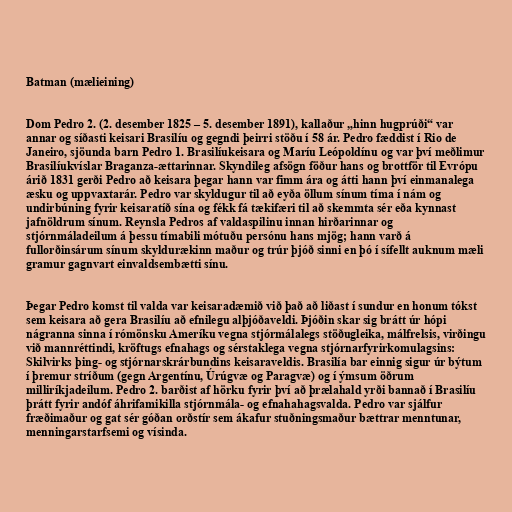
Batman (mælieining)

Dom Pedro 2. (2. desember 1825 – 5. desember 1891), kallaður „hinn hugprúði“ var
annar og síðasti keisari Brasilíu og gegndi þeirri stöðu í 58 ár. Pedro fæddist í Rio de
Janeiro, sjöunda barn Pedro 1. Brasilíukeisara og Maríu Leópoldínu og var því meðlimur
Brasilíukvíslar Braganza-ættarinnar. Skyndileg afsögn föður hans og brottför til Evrópu
árið 1831 gerði Pedro að keisara þegar hann var fimm ára og átti hann því einmanalega
æsku og uppvaxtarár. Pedro var skyldugur til að eyða öllum sínum tíma í nám og
undirbúning fyrir keisaratíð sína og fékk fá tækifæri til að skemmta sér eða kynnast
jafnöldrum sínum. Reynsla Pedros af valdaspilinu innan hirðarinnar og
stjórnmáladeilum á þessu tímabili mótuðu persónu hans mjög; hann varð á
fullorðinsárum sínum skyldurækinn maður og trúr þjóð sinni en þó í sífellt auknum mæli
gramur gagnvart einvaldsembætti sínu.

Þegar Pedro komst til valda var keisaradæmið við það að liðast í sundur en honum tókst
sem keisara að gera Brasilíu að efnilegu alþjóðaveldi. Þjóðin skar sig brátt úr hópi
nágranna sinna í rómönsku Ameríku vegna stjórmálalegs stöðugleika, málfrelsis, virðingu
við mannréttindi, kröftugs efnahags og sérstaklega vegna stjórnarfyrirkomulagsins:
Skilvirks þing- og stjórnarskrárbundins keisaraveldis. Brasilía bar einnig sigur úr býtum
í þremur stríðum (gegn Argentínu, Úrúgvæ og Paragvæ) og í ýmsum öðrum
milliríkjadeilum. Pedro 2. barðist af hörku fyrir því að þrælahald yrði bannað í Brasilíu
þrátt fyrir andóf áhrifamikilla stjórnmála- og efnahahagsvalda. Pedro var sjálfur
fræðimaður og gat sér góðan orðstír sem ákafur stuðningsmaður bættrar menntunar,
menningarstarfsemi og vísinda.